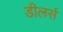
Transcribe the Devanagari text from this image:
डीलर्स